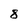
Character: 8